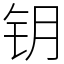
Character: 钥